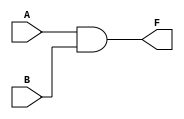

//
//KEY1  KEY2A B IO
//FLED

/* AND_G2 */
module AND_G2 ( A, B, F );
	input A,B;         	// 
	output F;          	// 
	assign F = A & B;  	//F1 LED
						//F0 LED
endmodule